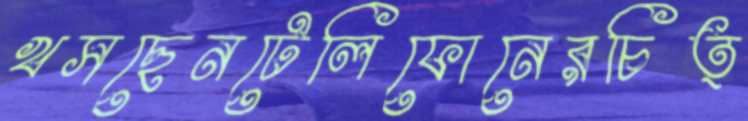
খসছেনটেলিফোনেরচিত্